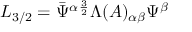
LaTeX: { \cal L } _ { 3 / 2 } = \bar { \Psi } ^ { \alpha } { } ^ { \frac { 3 } { 2 } } \Lambda ( A ) _ { \alpha \beta } \Psi ^ { \beta }